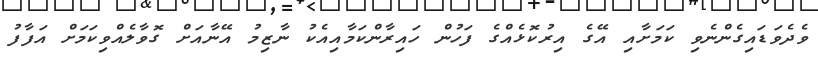
ވެދެވަޑައިގެންނެވި ކަމަށާއި އޭގެ އިރުކޮޅެއްގެ ފަހުން ހައިރާންކަމާއިއެކު ނާޒިމު އޭނާއަށް ގޮވާލެއްވިކަމަށް އަފާފު